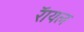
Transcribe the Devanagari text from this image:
रॅायल